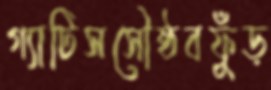
গ্যাটিসসৌষ্ঠবফুঁড়